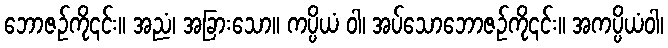
ဘောဇဉ်ကို၎င်း။ အညံ၊ အခြားသော။ ကပ္ပိယံ ဝါ၊ အပ်သောဘောဇဉ်ကို၎င်း။ အကပ္ပိယံဝါ၊